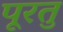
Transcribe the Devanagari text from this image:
पूरतु